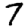
Digit: 7